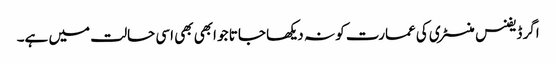
اگر ڈیفنس منسٹری کی عمارت کو نہ دیکھا جاتا جو ابھی بھی اسی حالت میں ہے۔